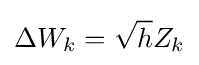
\Delta W_{k}={\sqrt {h}}Z_{k}